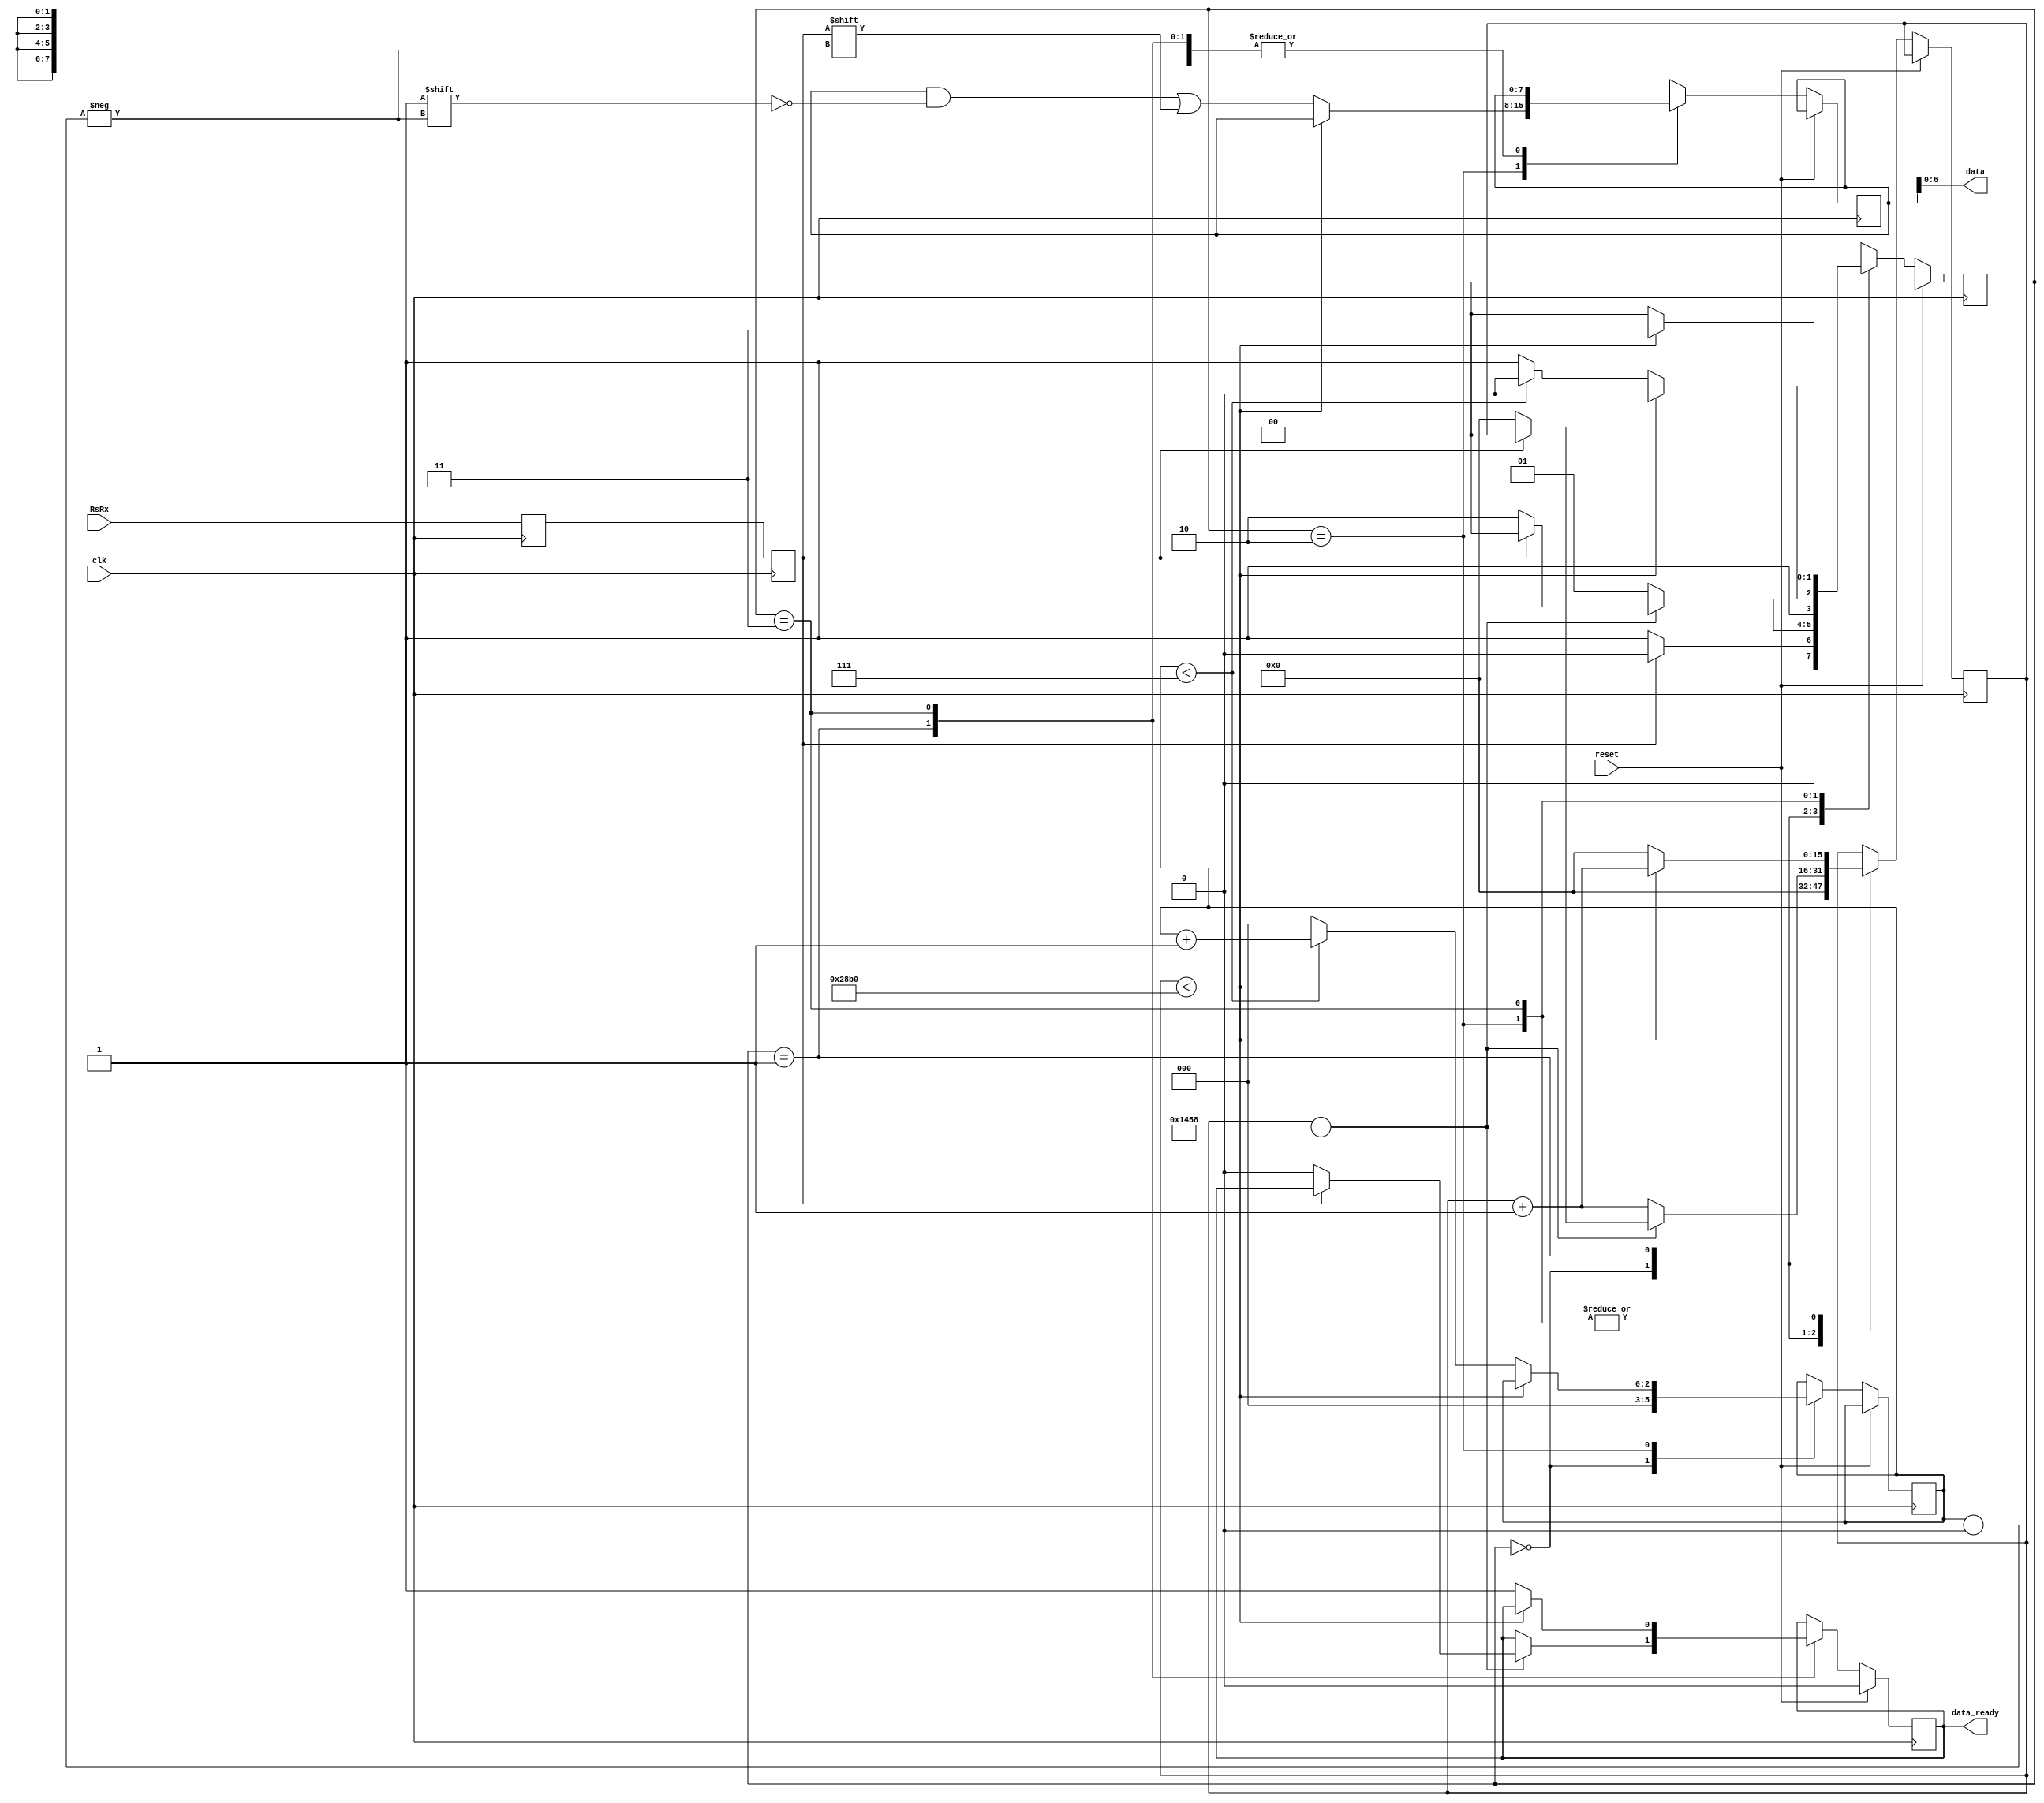
`timescale 1ns / 1ps
//////////////////////////////////////////////////////////////////////////////////
// Company: 
// Engineer:
// 
// Design Name: 
// Module Name: uart_rx
// Project Name: 
// Target Devices: 
// Tool Versions: 
// Description: UART Receiver
//      
// Dependencies: 
// 
// Revision:
// Revision 0.01 - File Created
// Additional Comments:
//      This code is a slight modification of the code from  
//      https://www.nandland.com/vhdl/modules/module-uart-serial-port-rs232.html. 
//		The functionality of the data_ready signal line was changed to reduce the number of 
// 		states needed in the state machine. The relationship between clock and baud rate has been
// 		hard coded. 
//      This is a very basic implementation of a UART receiver but it will suffice for our labs.
//      The UART transmitter baud rate should be set at 9600. There is no parity bit. Data_ready goes 
// 		HIGH when the received data is valid, and goes LOW when a start bit is detected or a reset is received.  
//
//////////////////////////////////////////////////////////////////////////////////

module uart_rx(input clk, input RsRx, input reset, 
    output data_ready, output [6:0] data);
  
  // define states
  parameter IDLE = 0, RX_START_BIT = 1, RX_DATA_BITS = 2, RX_STOP_BIT = 3;
  
  // CLKS_PER_BIT = 100 MHz Clock / 9600 UART baud rate
  parameter CLKS_PER_BIT = 10417;  
  
  // initialize internal registers
  reg rx_data1 = 1'b1; 
  reg rx_data0 = 1'b1;
  reg [15:0] clk_count = 0;
  reg [2:0] bit_index = 0; 
  reg [7:0] rx_data = 0;
  reg rx_data_ready = 0;
  reg [1:0] rx_state = IDLE;
  
  // Double-buffer incoming data to avoid instability issues
  always @(posedge clk)
    begin
      rx_data1 <= RsRx;
      rx_data0 <= rx_data1;
    end
   
  // Receiver state machine
  always @(posedge clk) begin
      if (reset) begin
          rx_state <= IDLE;
          rx_data = 0;
          rx_data_ready <= 1'b0;
      end
      else begin
          case (rx_state)
            IDLE: begin
                bit_index <= 0;
                clk_count <= 0;
                 
                if (rx_data0 == 1'b0) // Potential start bit detected
                  rx_state <= RX_START_BIT;
                else
                  rx_state <= IDLE;
            end
             
            RX_START_BIT: begin
                if (clk_count == (CLKS_PER_BIT-1)/2) begin
                    if (rx_data0 == 1'b0) begin // Check middle of start bit to make sure it's still low
                        rx_state <= RX_DATA_BITS;
                        clk_count <= 0;
                        rx_data_ready <= 1'b0;
                    end
                    else
                      rx_state <= IDLE;
                end
                else begin
                    rx_state <= RX_START_BIT;
                    clk_count <= clk_count + 1;
                end
            end 
             
            RX_DATA_BITS: begin
                if (clk_count < CLKS_PER_BIT-1) begin
                    rx_state <= RX_DATA_BITS;
                    clk_count <= clk_count + 1;
                end
                else begin
                    rx_data[bit_index] <= rx_data0;
                    clk_count <= 0;
                    if (bit_index < 7) begin // Check if all bits received
                        rx_state <= RX_DATA_BITS;
                        bit_index <= bit_index + 1;
                    end
                    else begin
                        rx_state <= RX_STOP_BIT;
                        bit_index <= 0;
                    end
                end
            end
         
            RX_STOP_BIT: begin
                if (clk_count < CLKS_PER_BIT-1) begin
                    rx_state <= RX_STOP_BIT;
                    clk_count <= clk_count + 1;
                end
                else begin
                    rx_state <= IDLE;
                    clk_count <= 0;
                    rx_data_ready <= 1'b1;
                end
            end
         
            default :
              rx_state <= IDLE;
             
          endcase
	  end
  end 
  
  // output combinational logic  
  assign data_ready = rx_data_ready;
  assign data = rx_data[6:0];

endmodule